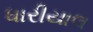
ધારીયાલ